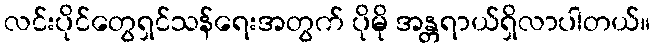
လင်းပိုင်တွေရှင်သန်ရေးအတွက် ပိုမို အန္တရာယ်ရှိလာပါတယ်။